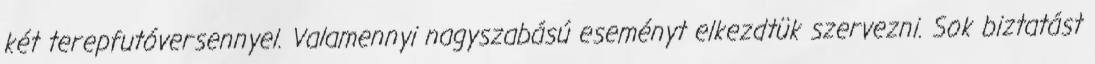
két terepfutóversennyel. Valamennyi nagyszabású eseményt elkezdtük szervezni. Sok biztatást